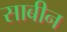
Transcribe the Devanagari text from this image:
साबीन